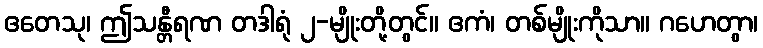
ဧတေသု၊ ဤသန္တီရဏ တဒါရုံ ၂-မျိုးတို့တွင်။ ဧကံ၊ တစ်မျိုးကိုသာ။ ဂဟေတွာ၊